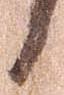
日